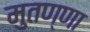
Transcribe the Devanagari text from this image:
मुतण्णा